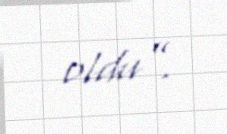
oldu”.